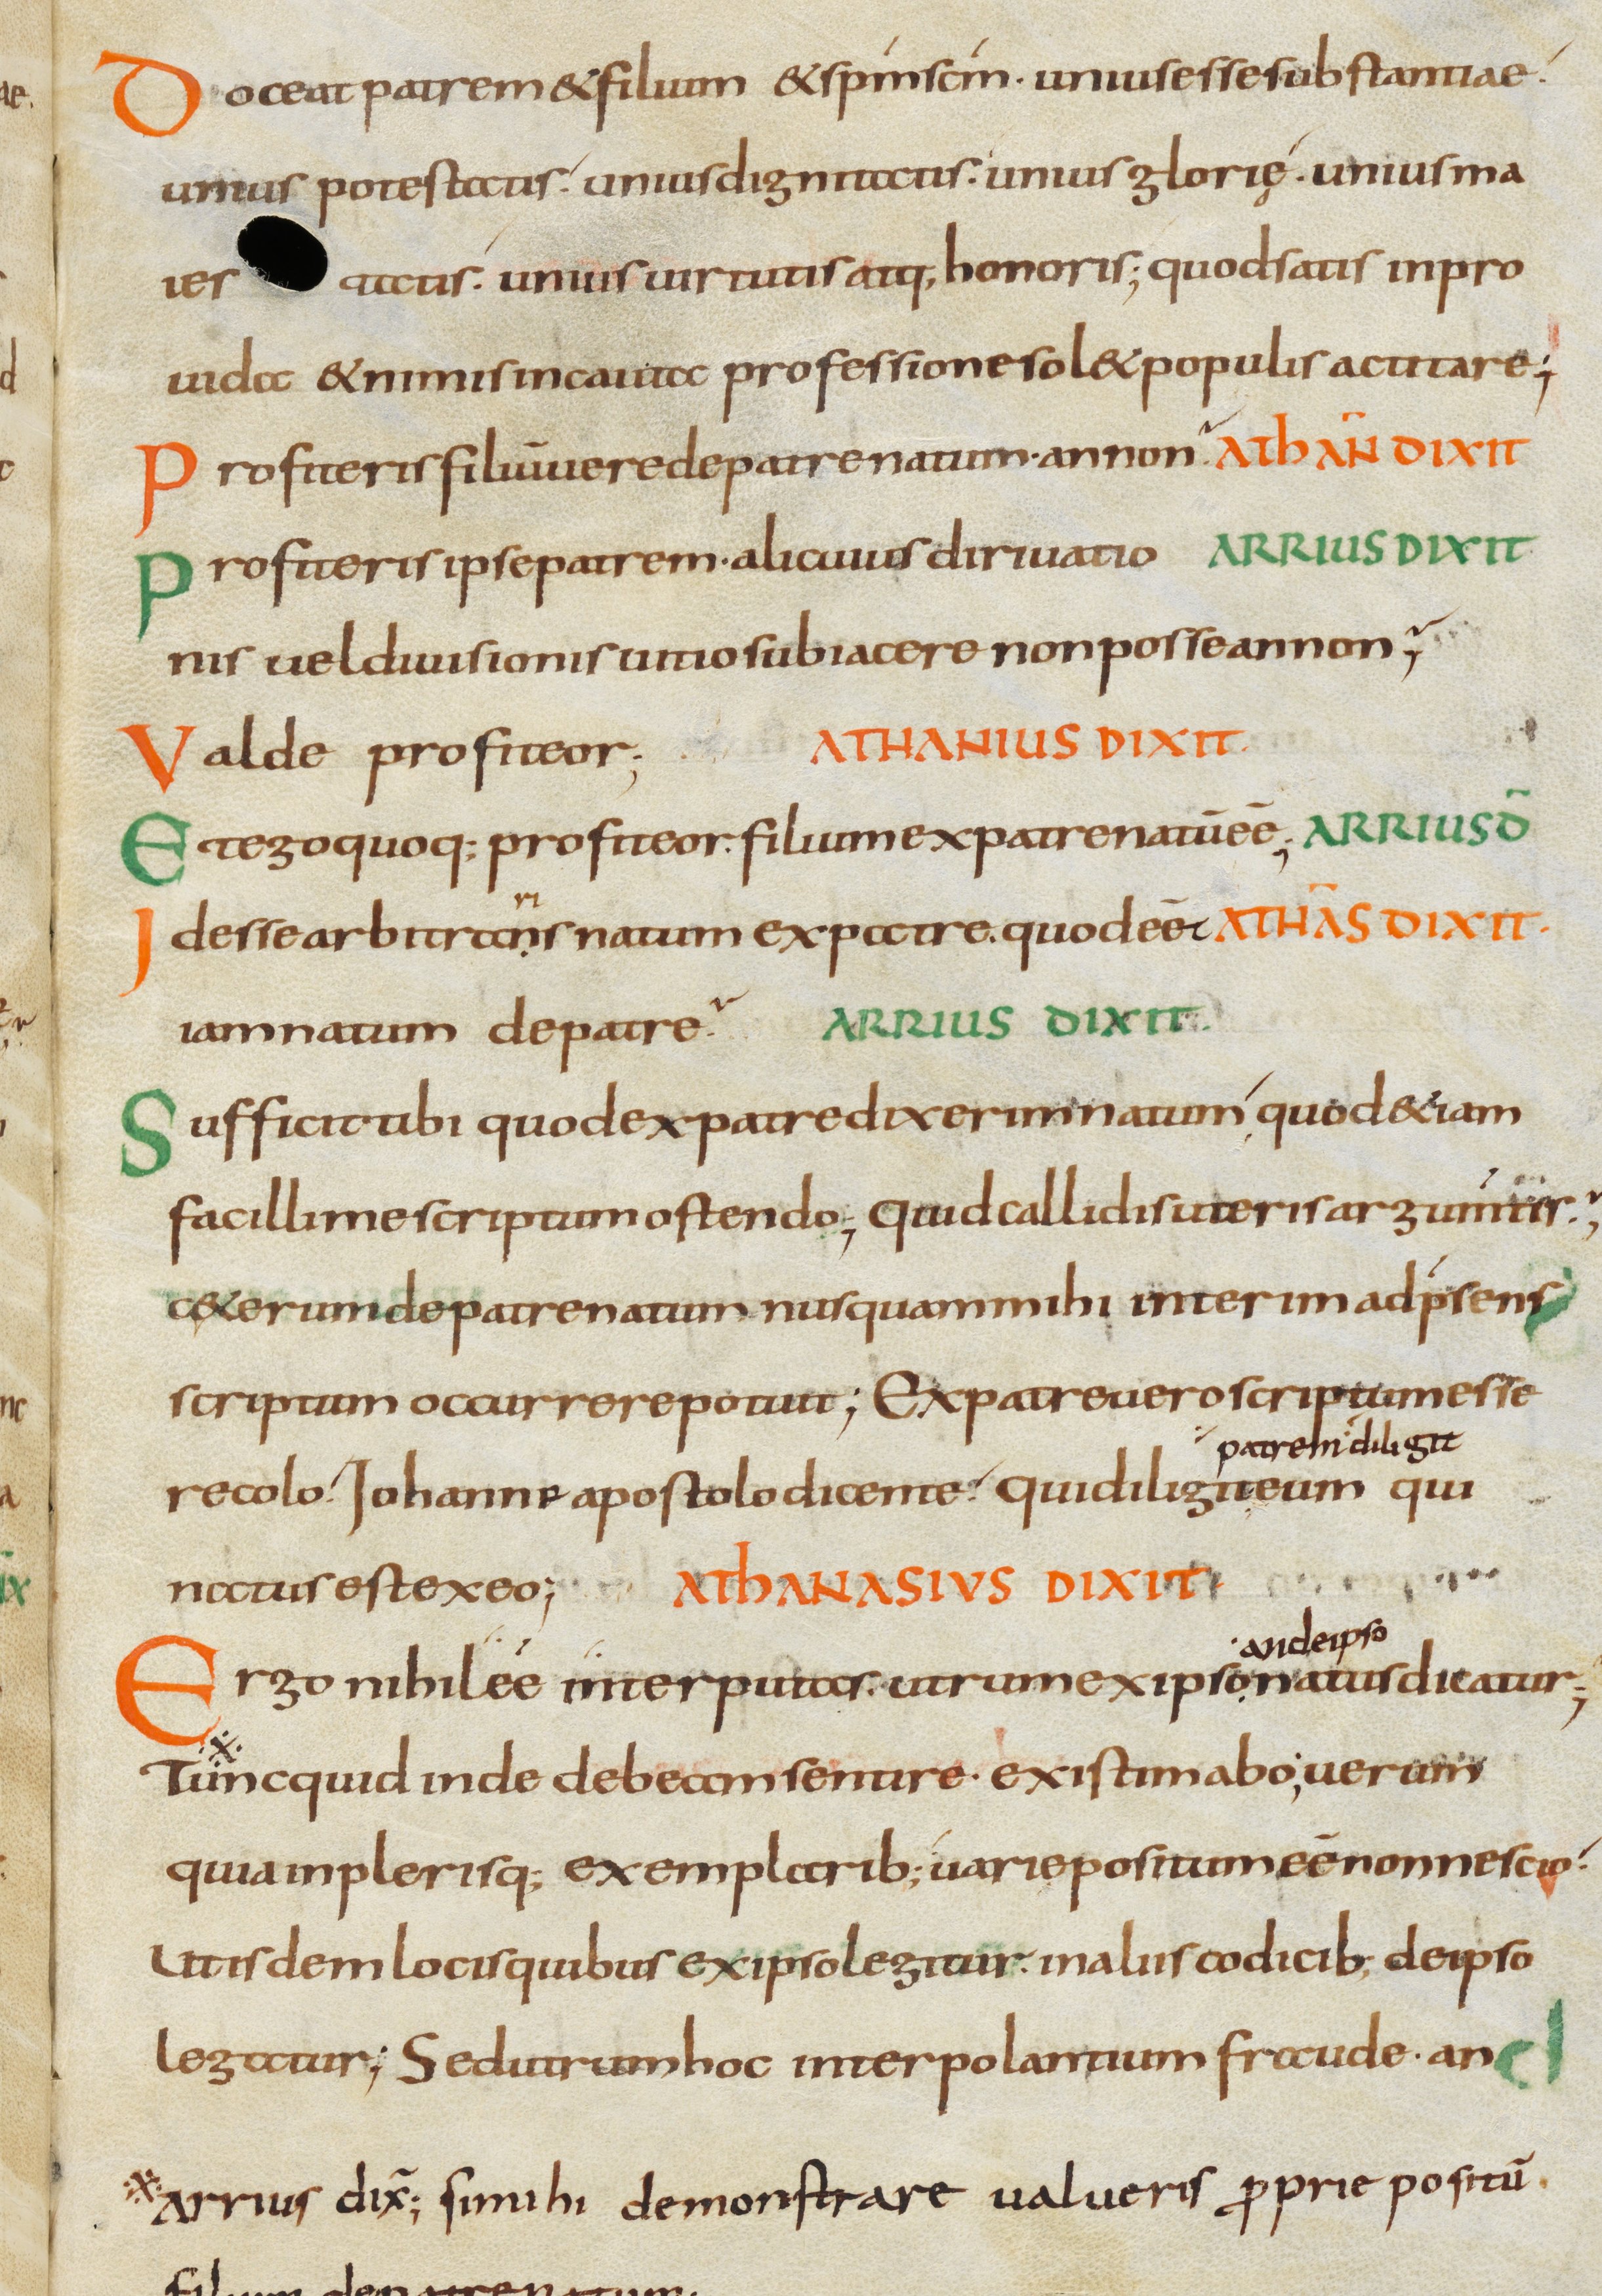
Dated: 800–899